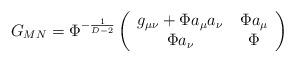
LaTeX: \begin{align*}G_{MN}=\Phi^{-\frac{1}{D-2}}\left(\begin{array}{cc} g_{\mu\nu}+\Phi a_\mu a_\nu& \,\Phi a_\mu \\ \Phi a_\nu & \,\Phi\end{array}\right)\end{align*}